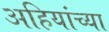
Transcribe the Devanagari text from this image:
अहियांच्या